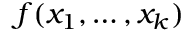
f ( x _ { 1 } , \dots , x _ { k } )